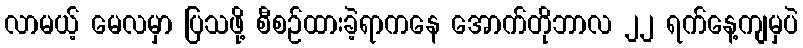
လာမယ့် မေလမှာ ပြသဖို့ စီစဉ်ထားခဲ့ရာကနေ အောက်တိုဘာလ ၂၂ ရက်နေ့ကျမှပဲ